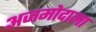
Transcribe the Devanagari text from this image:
अजमोदाला